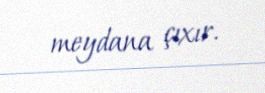
meydana çıxır.